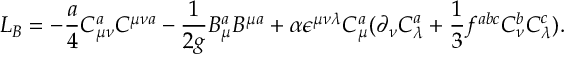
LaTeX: L _ { B } = - { \frac { a } { 4 } } C _ { \mu \nu } ^ { a } C ^ { \mu \nu a } - { \frac { 1 } { 2 g } } B _ { \mu } ^ { a } B ^ { \mu a } + \alpha \epsilon ^ { \mu \nu \lambda } C _ { \mu } ^ { a } ( \partial _ { \nu } C _ { \lambda } ^ { a } + { \frac { 1 } { 3 } } f ^ { a b c } C _ { \nu } ^ { b } C _ { \lambda } ^ { c } ) .